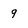
Character: 9